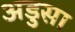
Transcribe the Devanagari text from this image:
अडुसा